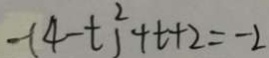
- ( 4 - t ^ { 2 } ) ^ { 2 } + t + 2 = - 2